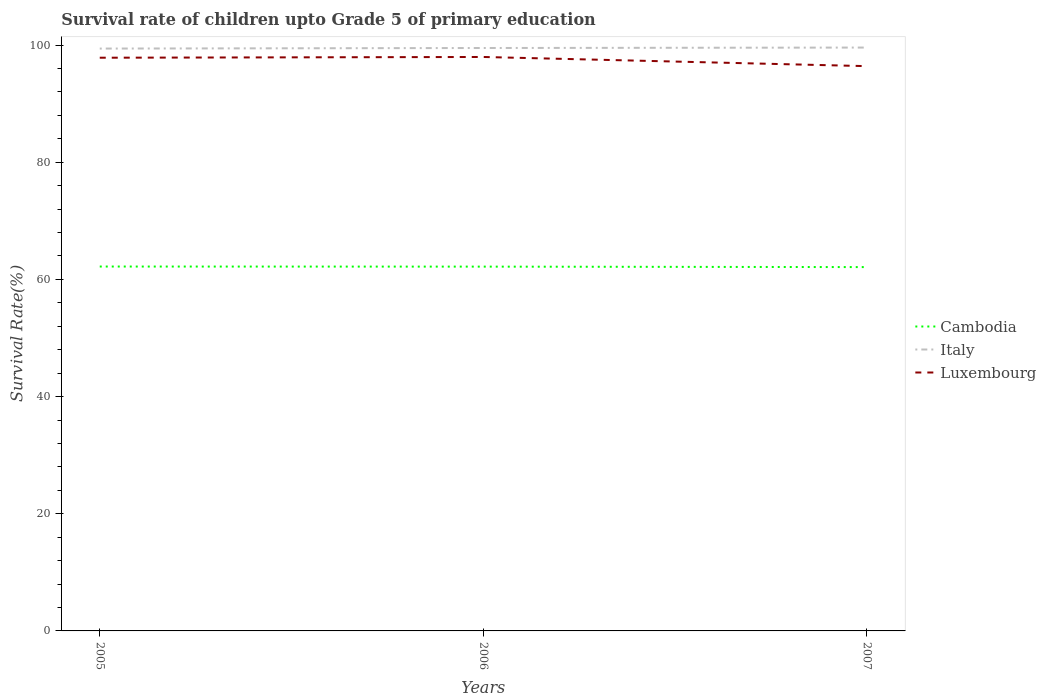
| Years | Cambodia | Italy | Luxembourg |
 | --- | --- | --- | --- |
 | 2005 | 62.2 | 99.4 | 97.8 |
 | 2006 | 62.2 | 99.5 | 98 |
 | 2007 | 62.1 | 99.6 | 96.4 |